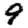
Digit: 9